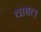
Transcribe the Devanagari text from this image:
चाबल